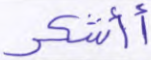
أأشكر